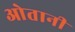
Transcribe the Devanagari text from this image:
ओतानी